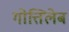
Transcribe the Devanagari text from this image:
गोत्तिलेब